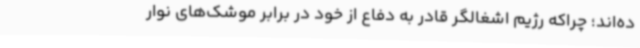
ده‌اند؛ چراکه رژیم اشغالگر قادر به دفاع از خود در برابر موشک‌های نوار